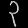
Digit: ၃